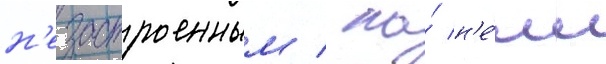
н'езастроенным / на́ н'е́м